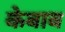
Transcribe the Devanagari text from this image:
केबाब